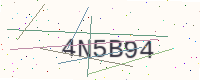
Text: 4N5B94